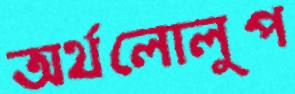
অর্থলোলুপ